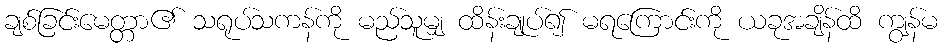
ချစ်ခြင်းမေတ္တာ၏ သရုပ်သကန်ကို မည်သူမျှ ထိန်းချုပ်၍ မရကြောင်းကို ယခုအချိန်ထိ ကျွန်မ